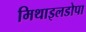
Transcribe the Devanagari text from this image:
मिथाइलडोपा